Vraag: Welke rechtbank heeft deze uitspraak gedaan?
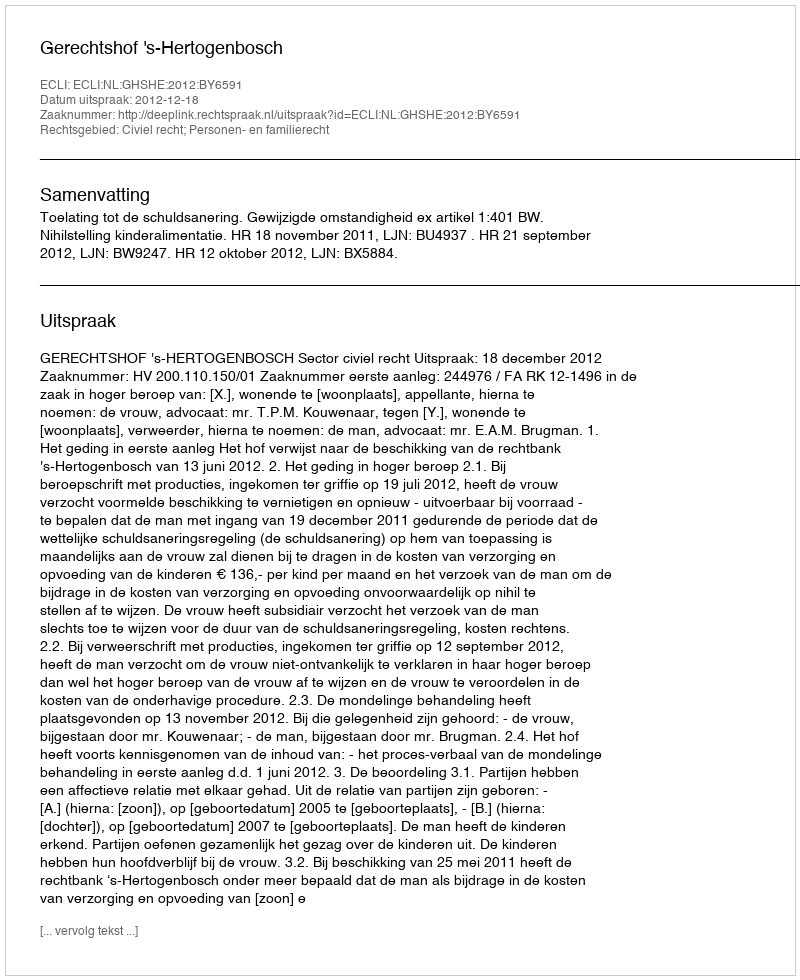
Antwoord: Gerechtshof 's-Hertogenbosch